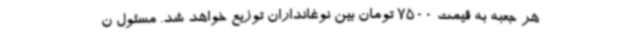
هر جعبه به قیمت 7500 تومان بین نوغانداران توزیع خواهد شد. مسئول ن